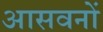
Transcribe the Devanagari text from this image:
आसवनों